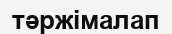
тәржімалап